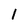
Character: 1